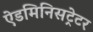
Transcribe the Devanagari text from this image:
ऐडमिनिसट्रेटर